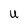
Character: U